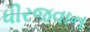
ધીરજવાન